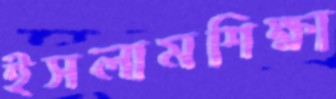
ইসলামশিক্ষা